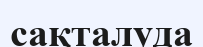
сақталуда